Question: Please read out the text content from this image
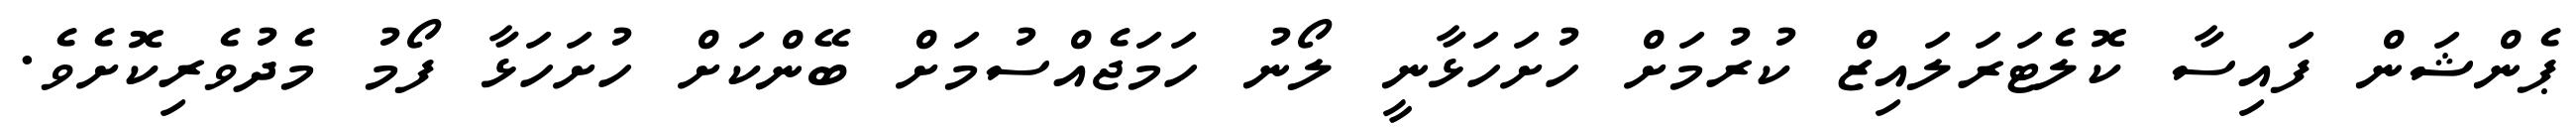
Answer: ޕެންޝަން ފައިސާ ކޮލެޓަރަލައިޒް ކުރުމަށް ހުށަހަޅާނީ ލޯނު ހަމަޖެއްސުމަށް ބޭންކަށް ހުށަހަޅާ ފޯމު މެދުވެރިކޮށެވެ.